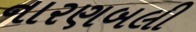
નારણબલી